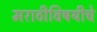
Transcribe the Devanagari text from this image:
मराठीविषयीचे